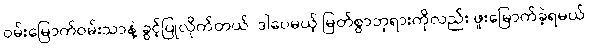
ဝမ်းမြောက်ဝမ်းသာနဲ့ ခွင့်ပြုလိုက်တယ်၊ ဒါပေမယ့် မြတ်စွာဘုရားကိုလည်း ဖူးမြောက်ခဲ့ရမယ်